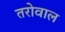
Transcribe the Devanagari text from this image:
तरोवाल